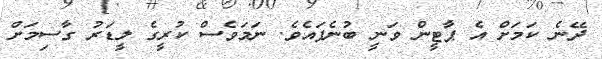
ދޭނެ ކަމަށް އެ ޕާޓީން ވަނީ ބުނެފައެވެ. ނަމަވެސް ކުރީގެ ލީޑަރު ގާސިމަށް